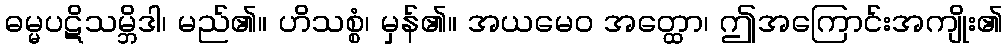
ဓမ္မပဋိသမ္ဘိဒါ၊ မည်၏။ ဟိသစ္စံ၊ မှန်၏။ အယမေဝ အတ္ထော၊ ဤအကြောင်းအကျိုး၏